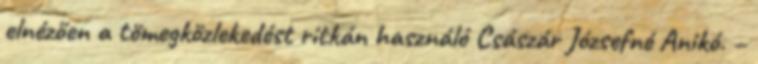
elnézően a tömegközlekedést ritkán használó Császár Józsefné Anikó. –